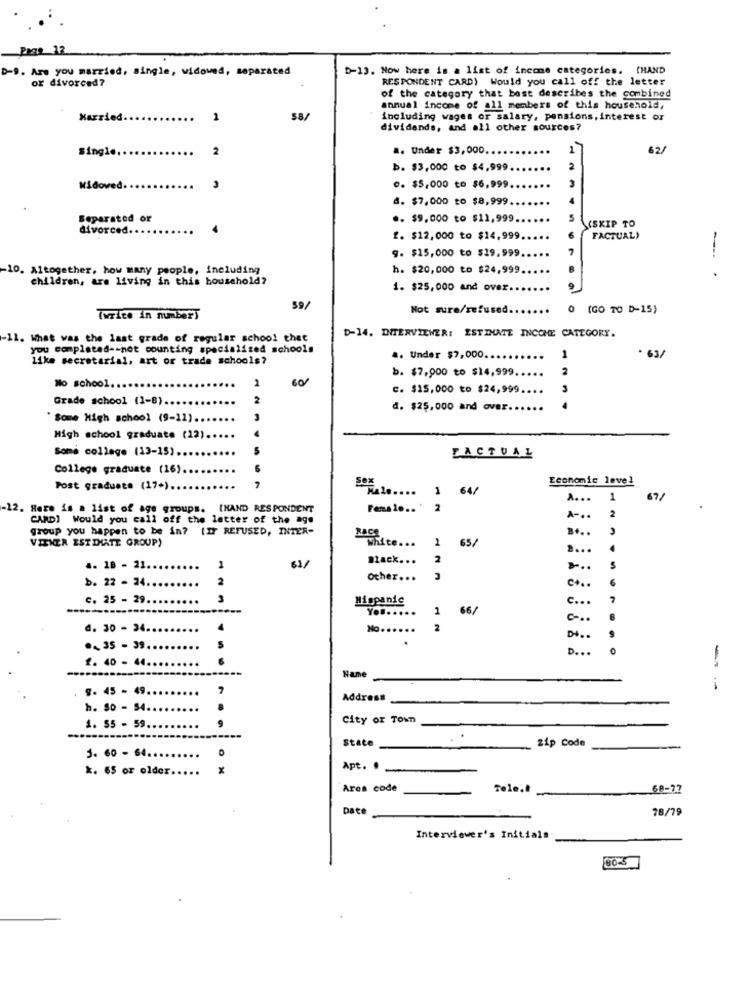
Page 12
D-9. Are you married, single, widowed, separated
D-13. Now here is a list of income categories. (HAND
or divorced?
RESPONDENT CARD) Would you call off the letter
of the category that best describes the combined
annual income of all members of this household,
Married.
1
58/
including wages or salary, pensions, interest or
dividends, and all other sources?
single.
2
.. Under $3,000.
62/
b. $3,000 to $4,999.
2
Widowed.
.. $5,000 to $6,999
6. $7,000 to $8,999.
Separatod or
.. $9,000 to $11,999.
divorced. ..
CSKIP TO
£. $12,000 to $14,999
FACTUAL)
g. $15,000 to $19.999
-
10. Altogether, how many people, including
h. $20,000 to $24,999
children, are living in this household?
1. $25,000 and over ..
59/
Not sure/refused.
0 (GO TO D-15)
Twrite in numbers
D-14. INTERVIEWER: ESTIMATE INCCHE CATEGORY.
-11. What was the last grade of regular school that
you completed -- not counting specialized schools
like secretarial, art or trade schools?
.. Under $7,000 ..
1
. 63/
b. $7.000 to $14,999
2
2
60/
No school.
c. $15,000 to $24,999.
3
Grade school (1-8).
2
d. $25,000 and over.
Some High school (9-11).
High school graduate (12)
Some college (13-15) ..
FACTUAL
College graduate (16)
Economic level
Post graduate (17+) ..
7
1
64/
....
1
67/
-12. Here is a list of age groups. [HAND RESPONDENT
Female .. ' 2
2
CARDI Would you call off the letter of the age
A -..
group you happen to be in? [Ir REFUSED, INTER-
VIEWER ESTIMATE GROUP)
Nace
White ... 1 65/
2 ...
61/
Black. ..
2
.. 18 - 21.
1
...
b. 22 - 24
2
other ...
c+ ..
6
c. 25 - 29.
3
Hispanic
c ...
Yo ...
1
66/
d. 30 - 34.
2
D+ ..
.. 35 - 39
D ...
2. 40 - 44
10
Hame
9. 45 - 49.
--
Address
h. So - 54.
.
1. 55 - 59.
City or Town
State
.
zip code
3. 60 - 64 ..
k. 65 or older .....
x
Apt. .
Area code
Tele.I
68-77
Date
78/79
Interviewer's Initials
80-5